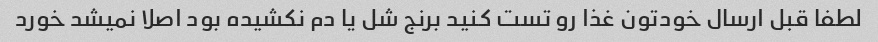
لطفا قبل ارسال خودتون غذا رو تست کنید برنج شل یا دم نکشیده بود اصلا نمیشد خورد